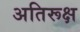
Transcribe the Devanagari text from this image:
अतिरूक्ष